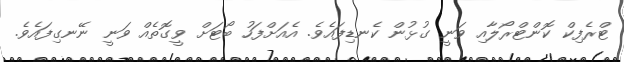
ޓްރެފިކް ކޮންޓްރޯލާއި ވަނީ ގުޅުން ކެނޑިފައެވެ. އެއަށްފަހު ބޯޓަށް ވީގޮތެއް ވަނީ ނޭނގިފައެވެ.